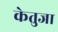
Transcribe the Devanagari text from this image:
केतुजा